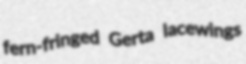
fern-fringed Gerta lacewings